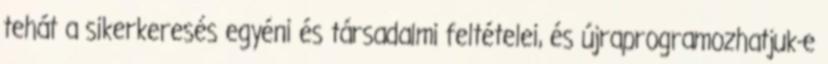
tehát a sikerkeresés egyéni és társadalmi feltételei, és újraprogramozhatjuk-e